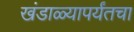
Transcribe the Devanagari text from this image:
खंडाळ्यापर्यंतचा